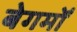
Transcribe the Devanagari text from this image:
बेगमोँ